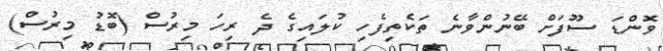
ވޮންޑަ ސޫފަށް ބޭނުންވާނެ ތަކެތިފެހި ކުލައިގެ ދެ ރިހަ މިރުސް (ބޮޑު މިރުސް)